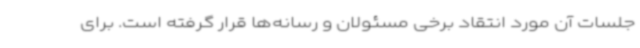
جلسات آن مورد انتقاد برخی مسئولان و رسانه‌ها قرار گرفته است. برای